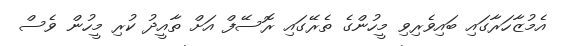
އެމުޒާހަރާގައި ބައިވެރިވި މީހުންގެ ތެރޭގައި ރޮސޭފް އަށް ތާއީދު ކުރި މީހުން ވެސް